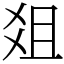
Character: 爼